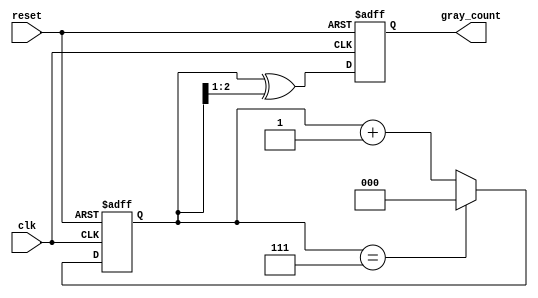
module gray_code_counter (
    input wire clk,             // Clock input
    input wire reset,           // Asynchronous reset signal
    output reg [2:0] gray_count // 3-bit Gray code output
);

    reg [2:0] binary_count; // Internal binary counter

    // Gray code conversion function
    function [2:0] binary_to_gray;
        input [2:0] bin;
        begin
            binary_to_gray = bin ^ (bin >> 1);
        end
    endfunction

    always @(posedge clk or posedge reset) begin
        if (reset) begin
            // Initialize to Gray code 0
            gray_count <= 3'b000;
            binary_count <= 3'b000;
        end else begin
            // Increment the binary counter
            binary_count <= binary_count + 1;
            // Wrap around if binary count exceeds 7 (for 3 bits)
            if (binary_count == 3'b111) begin
                binary_count <= 3'b000;
            end
            // Convert binary count to Gray code
            gray_count <= binary_to_gray(binary_count);
        end
    end

endmodule